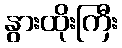
နွားထိုးကြီး